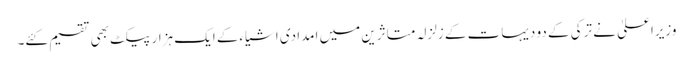
وزیراعلیٰ نے ترکی کے دو دیہات کے زلزلہ متاثرین میں امدادی اشیاءکے ایک ہزار پیکٹ بھی تقسیم کئے۔